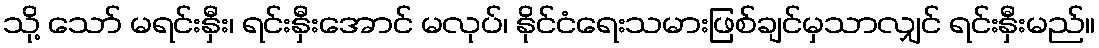
သို့ သော် မရင်းနှီး၊ ရင်းနှီးအောင် မလုပ်၊ နိုင်ငံရေးသမားဖြစ်ချင်မှသာလျှင် ရင်းနှီးမည်။